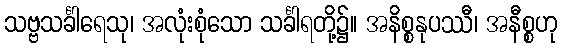
သဗ္ဗသင်္ခါရေသု၊ အလုံးစုံသော သင်္ခါရတို့၌။ အနိစ္စနုပဿီ၊ အနီစ္စဟု